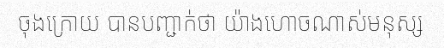
ចុងក្រោយ បានបញ្ជាក់ថា យ៉ាងហោចណាស់មនុស្ស